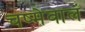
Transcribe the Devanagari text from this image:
चष्मेवालं